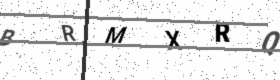
Text: BRMXRQ